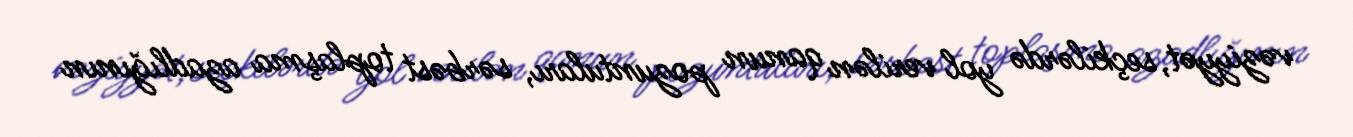
vəziyyət, seçkilərdə yol verilən qanun pozuntuları, sərbəst toplaşma azadlığının